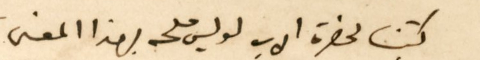
كتبنا لحضرة الاب لويس ملحه بهذا المعنى